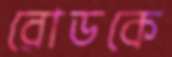
রোডকে